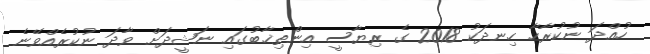
ހުއްދަ ނުކުރާހާ ހިނދަކު 2018 ގެ ރިޔާސީ އިންތިޚާބުގައި ނަޝީދަށް ވާދަ ނުކުރެއްވޭނެ